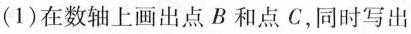
(1)在数轴上画出点B和点C，同时写出